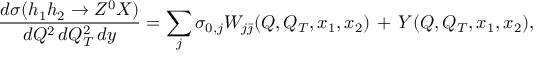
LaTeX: \frac { d \sigma ( h _ { 1 } h _ { 2 } \to Z ^ { 0 } X ) } { d Q ^ { 2 } \, d Q _ { T } ^ { 2 } \, d y } = \sum _ { j } \sigma _ { 0 , j } W _ { j \bar { \jmath } } ( Q , Q _ { T } , x _ { 1 } , x _ { 2 } ) \, + \, Y ( Q , Q _ { T } , x _ { 1 } , x _ { 2 } ) ,